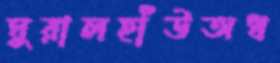
ঘুরালহাঁউঅধ